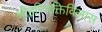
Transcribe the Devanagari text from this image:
श्रीहरिभक्तिविलास